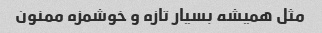
مثل همیشه بسیار تازه و خوشمزه ممنون